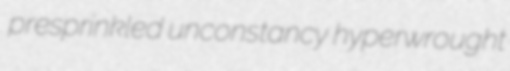
presprinkled unconstancy hyperwrought